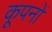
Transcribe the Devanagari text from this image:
कूपनों